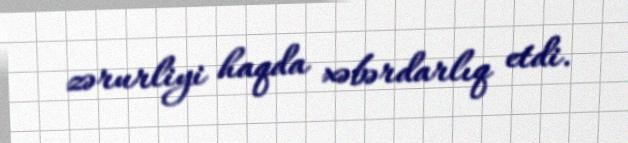
zərurliyi haqda xəbərdarlıq etdi.